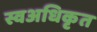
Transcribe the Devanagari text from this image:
स्वअधिकृत